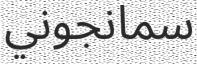
سمانجوني